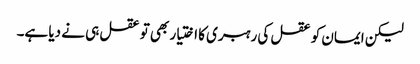
لیکن ایمان کو عقل کی رہبری کا اختیار بھی تو عقل ہی نے دیا ہے۔